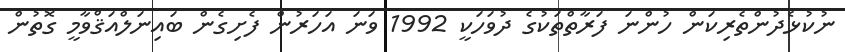
ނުކުޅެދުންތެރިކަން ހުންނަ ފަރާތްތަކުގެ ދުވަހަކީ 1992 ވަނަ އަހަރުން ފެށިގެން ބައިނަލްއަޤްވާމީ ގޮތުން